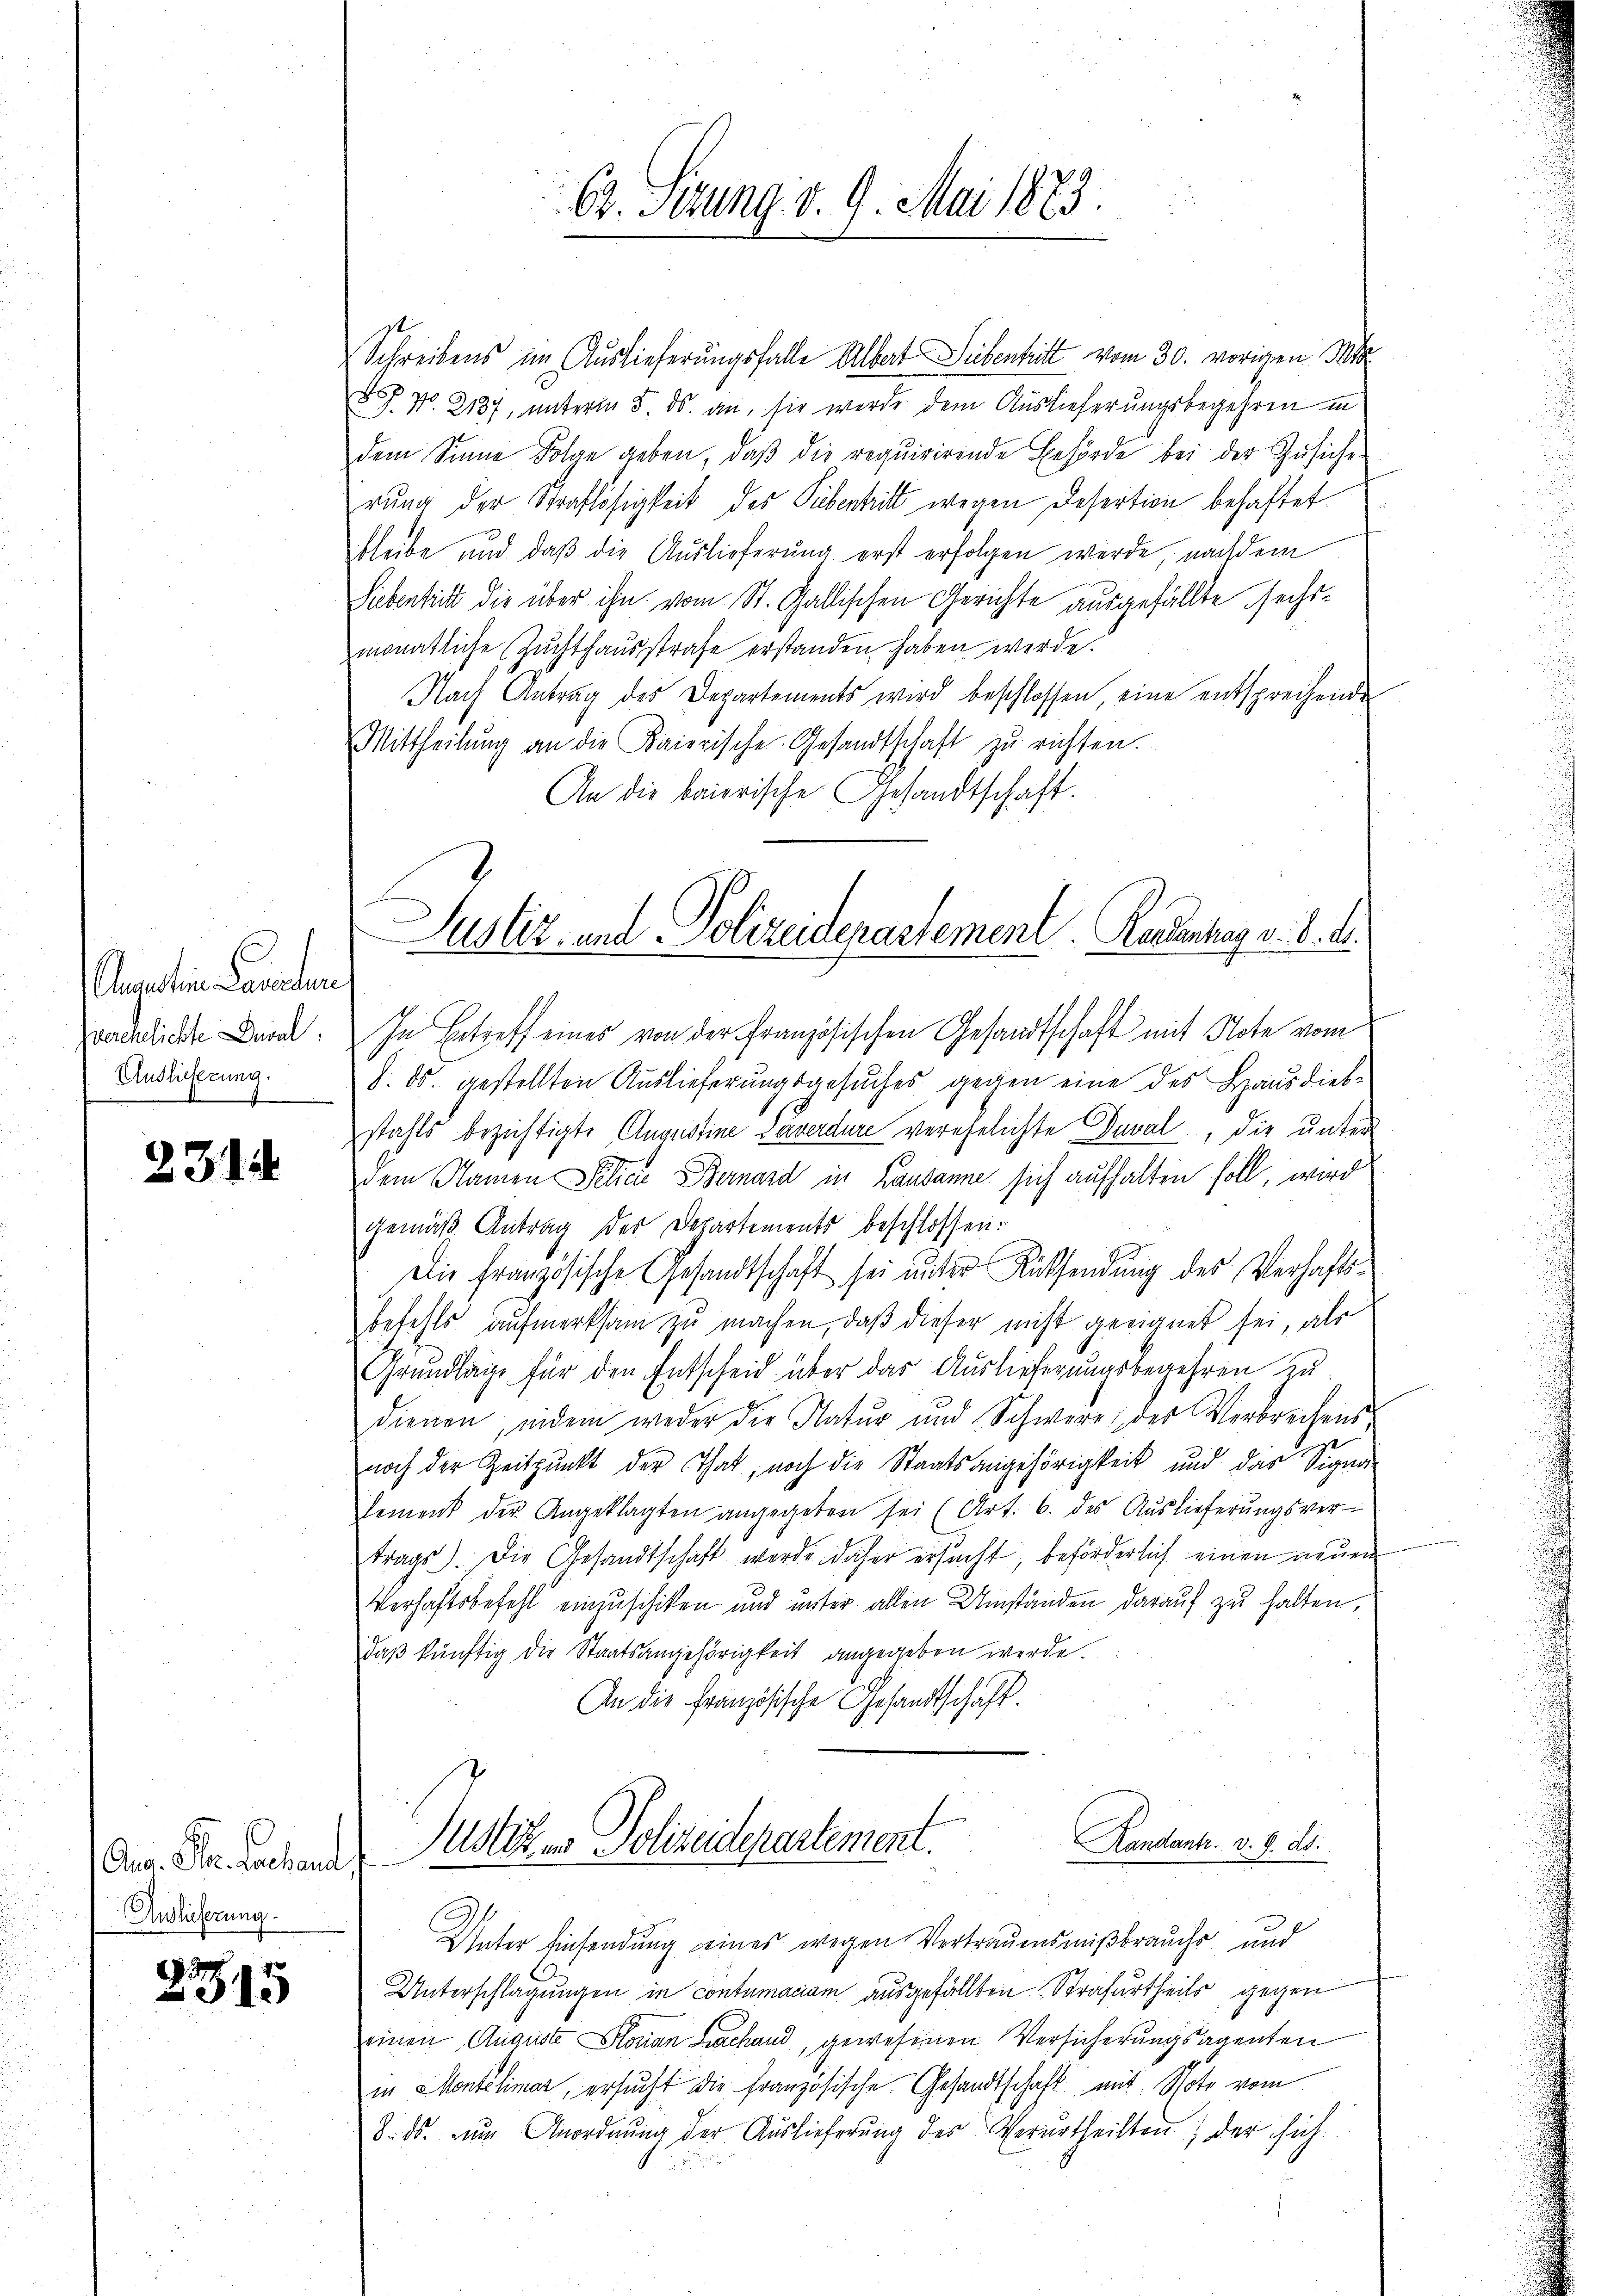
Ausein Landen
zverehelichte Dusal,
Anslichtung.

2314

Gus. Stec fachend,
Auslieferung
s

2315

Schreibens im Auslieferungsfalle Albert Leibentritt vom 30. vorigen Ma
 P. No. 2187, unterm 5. ds. an, sie werde dem Auslieferungsbegehren in
dem Sinne Folge geben, daβ die requirirende Behörde bei der Zusiche
rŭng der Straflosigkeit des Pibentritt wegen Desertion behaftet
bleibe und daß die Auslieferung erst erfolgen werde, nachdem
Siebentritt die über ihn vom St. Gallischen Gerichte ausgefällte sechsmonatliche Zuchthausstrafe erstanden haben werde.
Nach Antrag des Departements wird beschlossen, eine entsprechende
Mittheilŭng an die Kaierische Gesandtschaft zŭ richten.
An die baierische Gesandtschaft.

62. Sirung v. 9. Mai 1883.

Justiz- und Polizeiderastement. Rasenhang v. 8. d.

In Betreff eines von der Französischen Gesandtschaft mit Note vom
8. ds. gestellten Auslieferungsgesuches gegen eine des Hausdiebstahls bezichtigte Augustine Ververdure verehelichte Duval, die unter
dem Namen Pelicie Bernard in Lausanne sich aufhalten soll, wird
gemäß Antrag der Departements beschlossen:
Die Französische Gesandtschaft sei unter Rücksendung des Verhaftsbefehls aufmerksam zu machen, daß dieser nicht geeignet sei, als
Grundlage für den Entscheid über das Auslieferungsbegehren zu
dienen, indem weder die Natur und Schwere des Verbrechens
t
noch der Zeitpunkt der That, noch die Staatsangehörigkeit und das Signa
sement der Angeklagten angegeben sei (Art. 6. des Auslieferŭngsver-
trags). Die Gesandtschaft werde daher ersucht beförderlich einen neuen
Verhaftsbefehl einzuschiken und unter allen Umständen darauf zu halten,
daß künftig die Staatsangehörigkeit angegeben werde.
An die Französische Gesandtschaft.

Handantr. v. 9. ds.
Justizen Polizeidepartement.

Unter Einsendung eines wegen Vertrauensmißbrauchs und
Unterschlagungen in contumaciam ausgefällten Strafurtheils gegen
einen Auguste Stonian Lachand, gewesenen Versicherungsagenten
in Montelimar, ersucht die französische Gesandtschaft mit Note vom
D. ds. zum Anordnung der Auslieferung des Verurtheilten; der sich